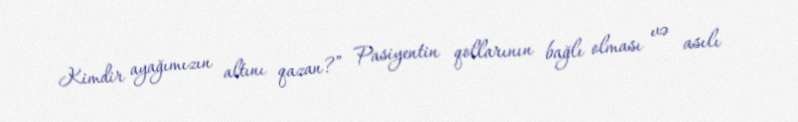
Kimdir ayağımızın altını qazan?” Pasiyentin qollarının bağlı olması və asılı